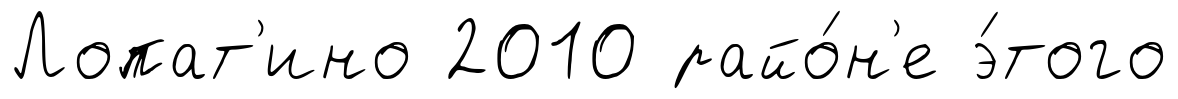
Лопат'ино 2010 райо́н'е э́того